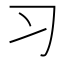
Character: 习